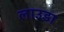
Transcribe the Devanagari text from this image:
लाउडा